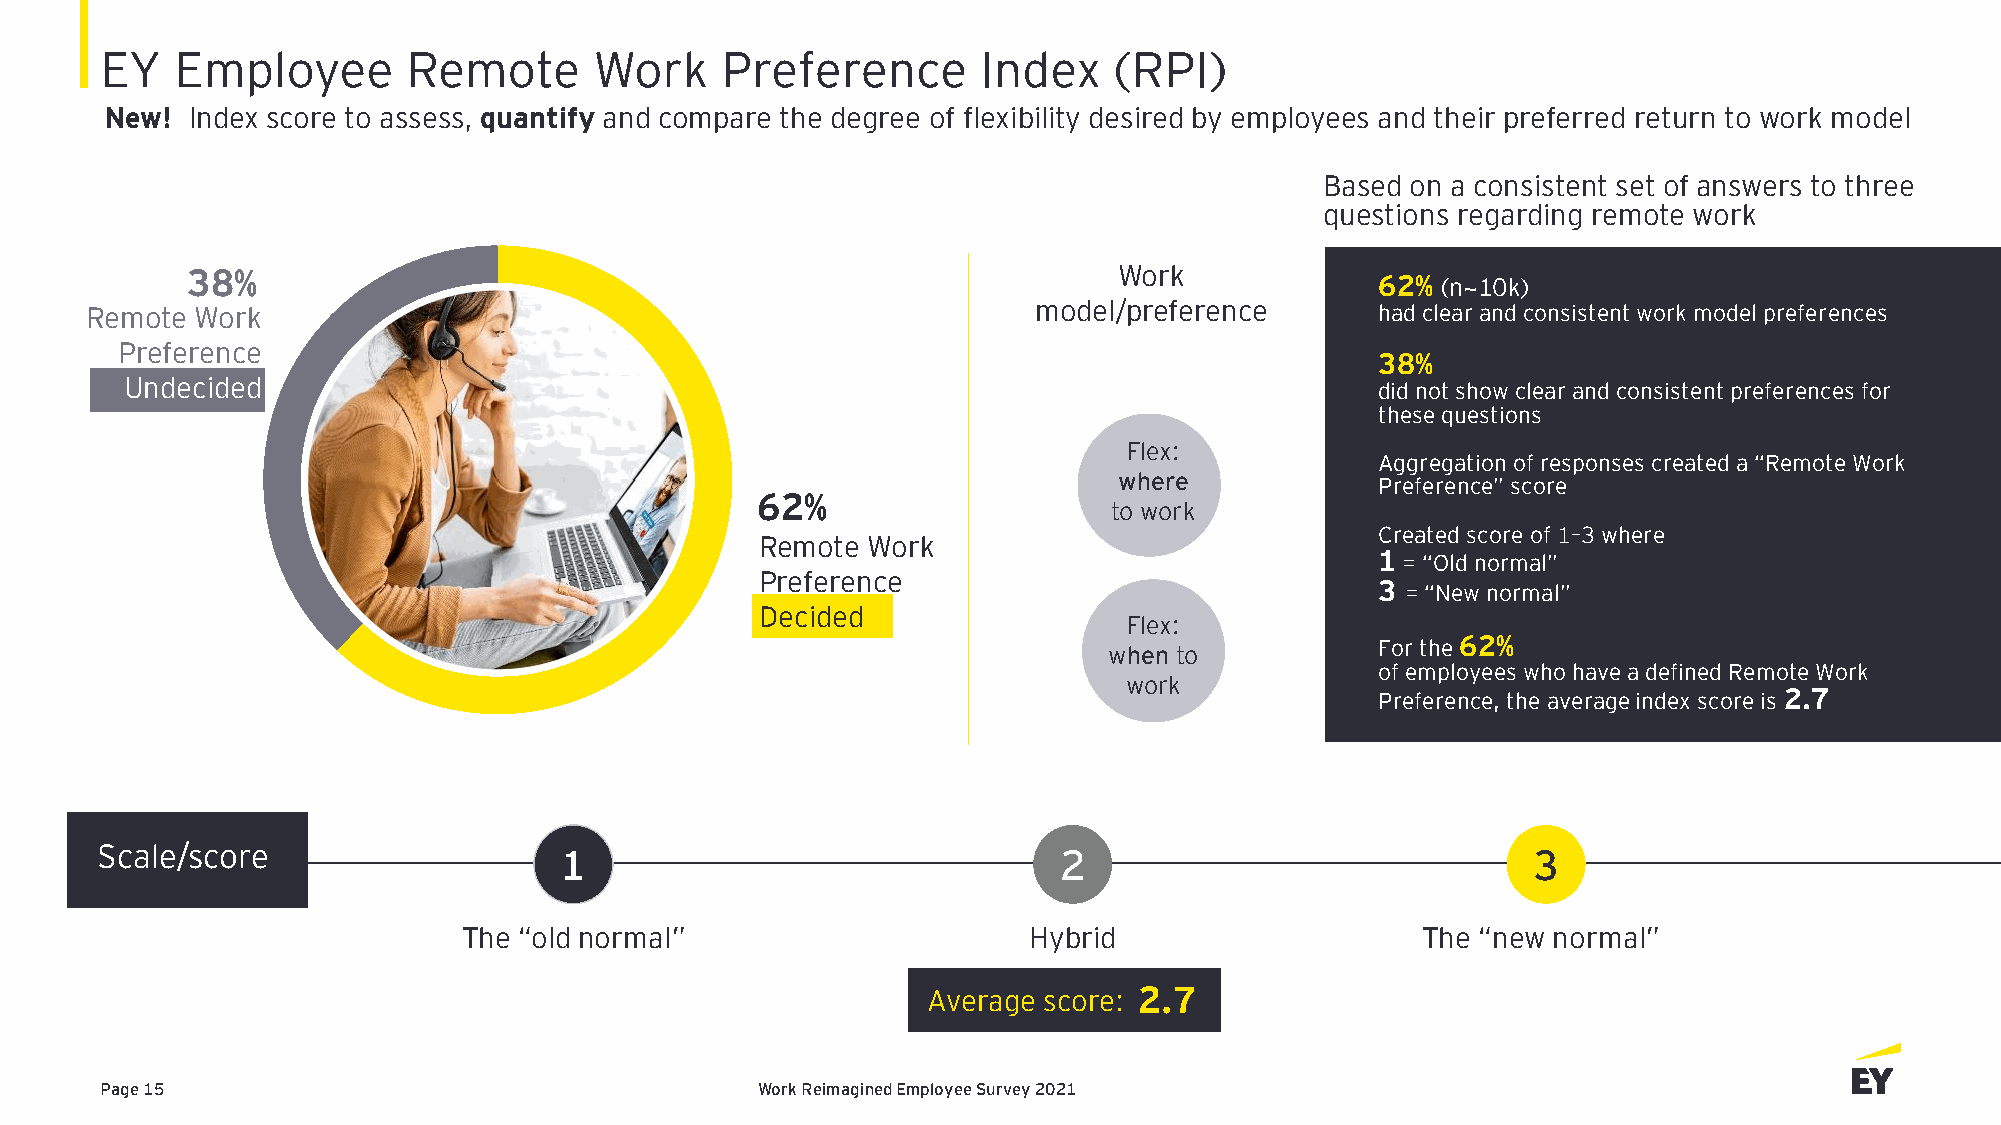
EY   Employee       Remote      Work     Preference       Index    (RPI)
 New!  Index score to assess, quantify and compare the degree of flexibility desired by employees and their preferred return to work model
 Based on a consistent set of answers to three
 questions regarding remote work
 38%                                                           Work
 62% (n~10k)
 Remote Work                                                   model/preference       had clear and consistent work model preferences
 Preference
 38%
 Undecided                                                                          did not show clear and consistent preferences for
 these questions
 Flex:
 Aggregation of responses created a “Remote Work
 where            Preference” score
 62%
 to work
 Created score of 1–3 where
 Remote Work
 1= “Old normal”
 Preference
 3 = “New normal”
 Decided
 Flex:
 For the 62%
 when to
 of employees who have a defined Remote Work
 work
 Preference, the average index score is 2.7
 Scale/score                    1                                2                              3
 The “old normal”                     Hybrid                    The “new normal”
 Average score: 2.7
 Page 15                                    Work Reimagined Employee Survey 2021